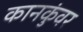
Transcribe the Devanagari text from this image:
कानकुंवर